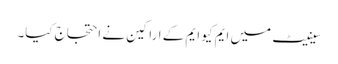
سینیٹ میں ایم کیو ایم کے اراکین نے احتجاج کیا۔